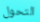
التحول